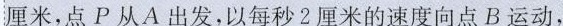
厘米，点P从A出发，以每秒2厘米的速度向点B运动，